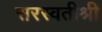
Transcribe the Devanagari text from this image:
सरस्वतीश्री